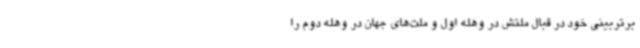
برتربینی خود در قبال ملتش در وهله اول و ملت‌های جهان در وهله دوم را